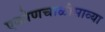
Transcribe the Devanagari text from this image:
एकोणचाळीसाव्या